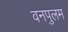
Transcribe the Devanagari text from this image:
वनपुलम